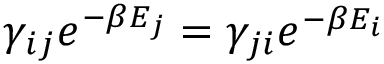
\gamma _ { i j } e ^ { - \beta E _ { j } } = \gamma _ { j i } e ^ { - \beta E _ { i } }